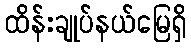
ထိန်းချုပ်နယ်မြေရှိ